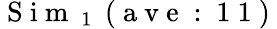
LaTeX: \mathrm{~S~i~m~}_{\mathrm{~1~}}\mathrm{~(~a~v~e~:~1~1~)~}